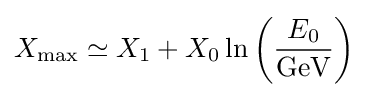
X_{\text{max}}\simeq X_{1}+X_{0}\ln \left({\frac {E_{0}}{\text{GeV}}}\right)